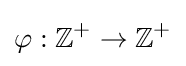
\varphi :\mathbb {Z} ^{+}\to \mathbb {Z} ^{+}